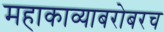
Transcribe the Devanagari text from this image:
महाकाव्याबरोबरच